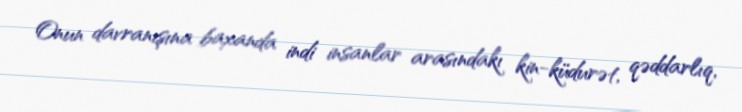
Onun davranışına baxanda indi insanlar arasındakı kin-küdurət, qəddarlıq,